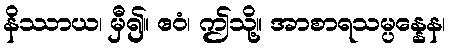
နိဿာယ၊ မှီ၍။ ဧဝံ၊ ဤသို့။ အာစာရသမ္ပန္နေန၊